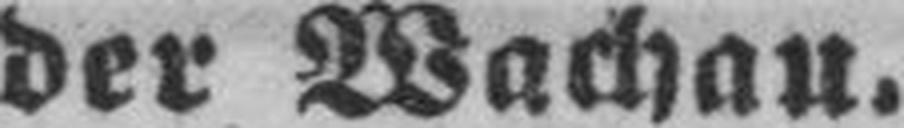
der Wachau.